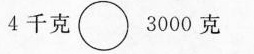
4千克\circ3000克